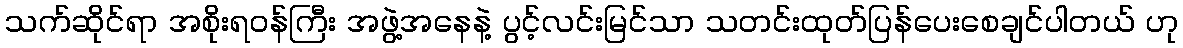
သက်ဆိုင်ရာ အစိုးရဝန်ကြီး အဖွဲ့အနေနဲ့ ပွင့်လင်းမြင်သာ သတင်းထုတ်ပြန်ပေးစေချင်ပါတယ် ဟု